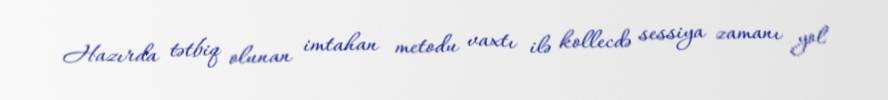
Hazırda tətbiq olunan imtahan metodu vaxtı ilə kollecdə sessiya zamanı yol